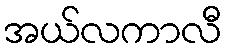
အယ်လကာလီ